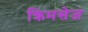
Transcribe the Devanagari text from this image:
क्रिमसेज